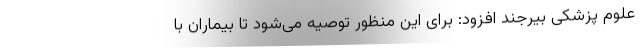
علوم پزشکی بیرجند افزود: برای این منظور توصیه می‌شود تا بیماران با